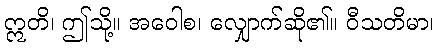
ဣတိ၊ ဤသို့။ အဝေါစ၊ လျှောက်ဆို၏။ ဝီသတိမာ၊